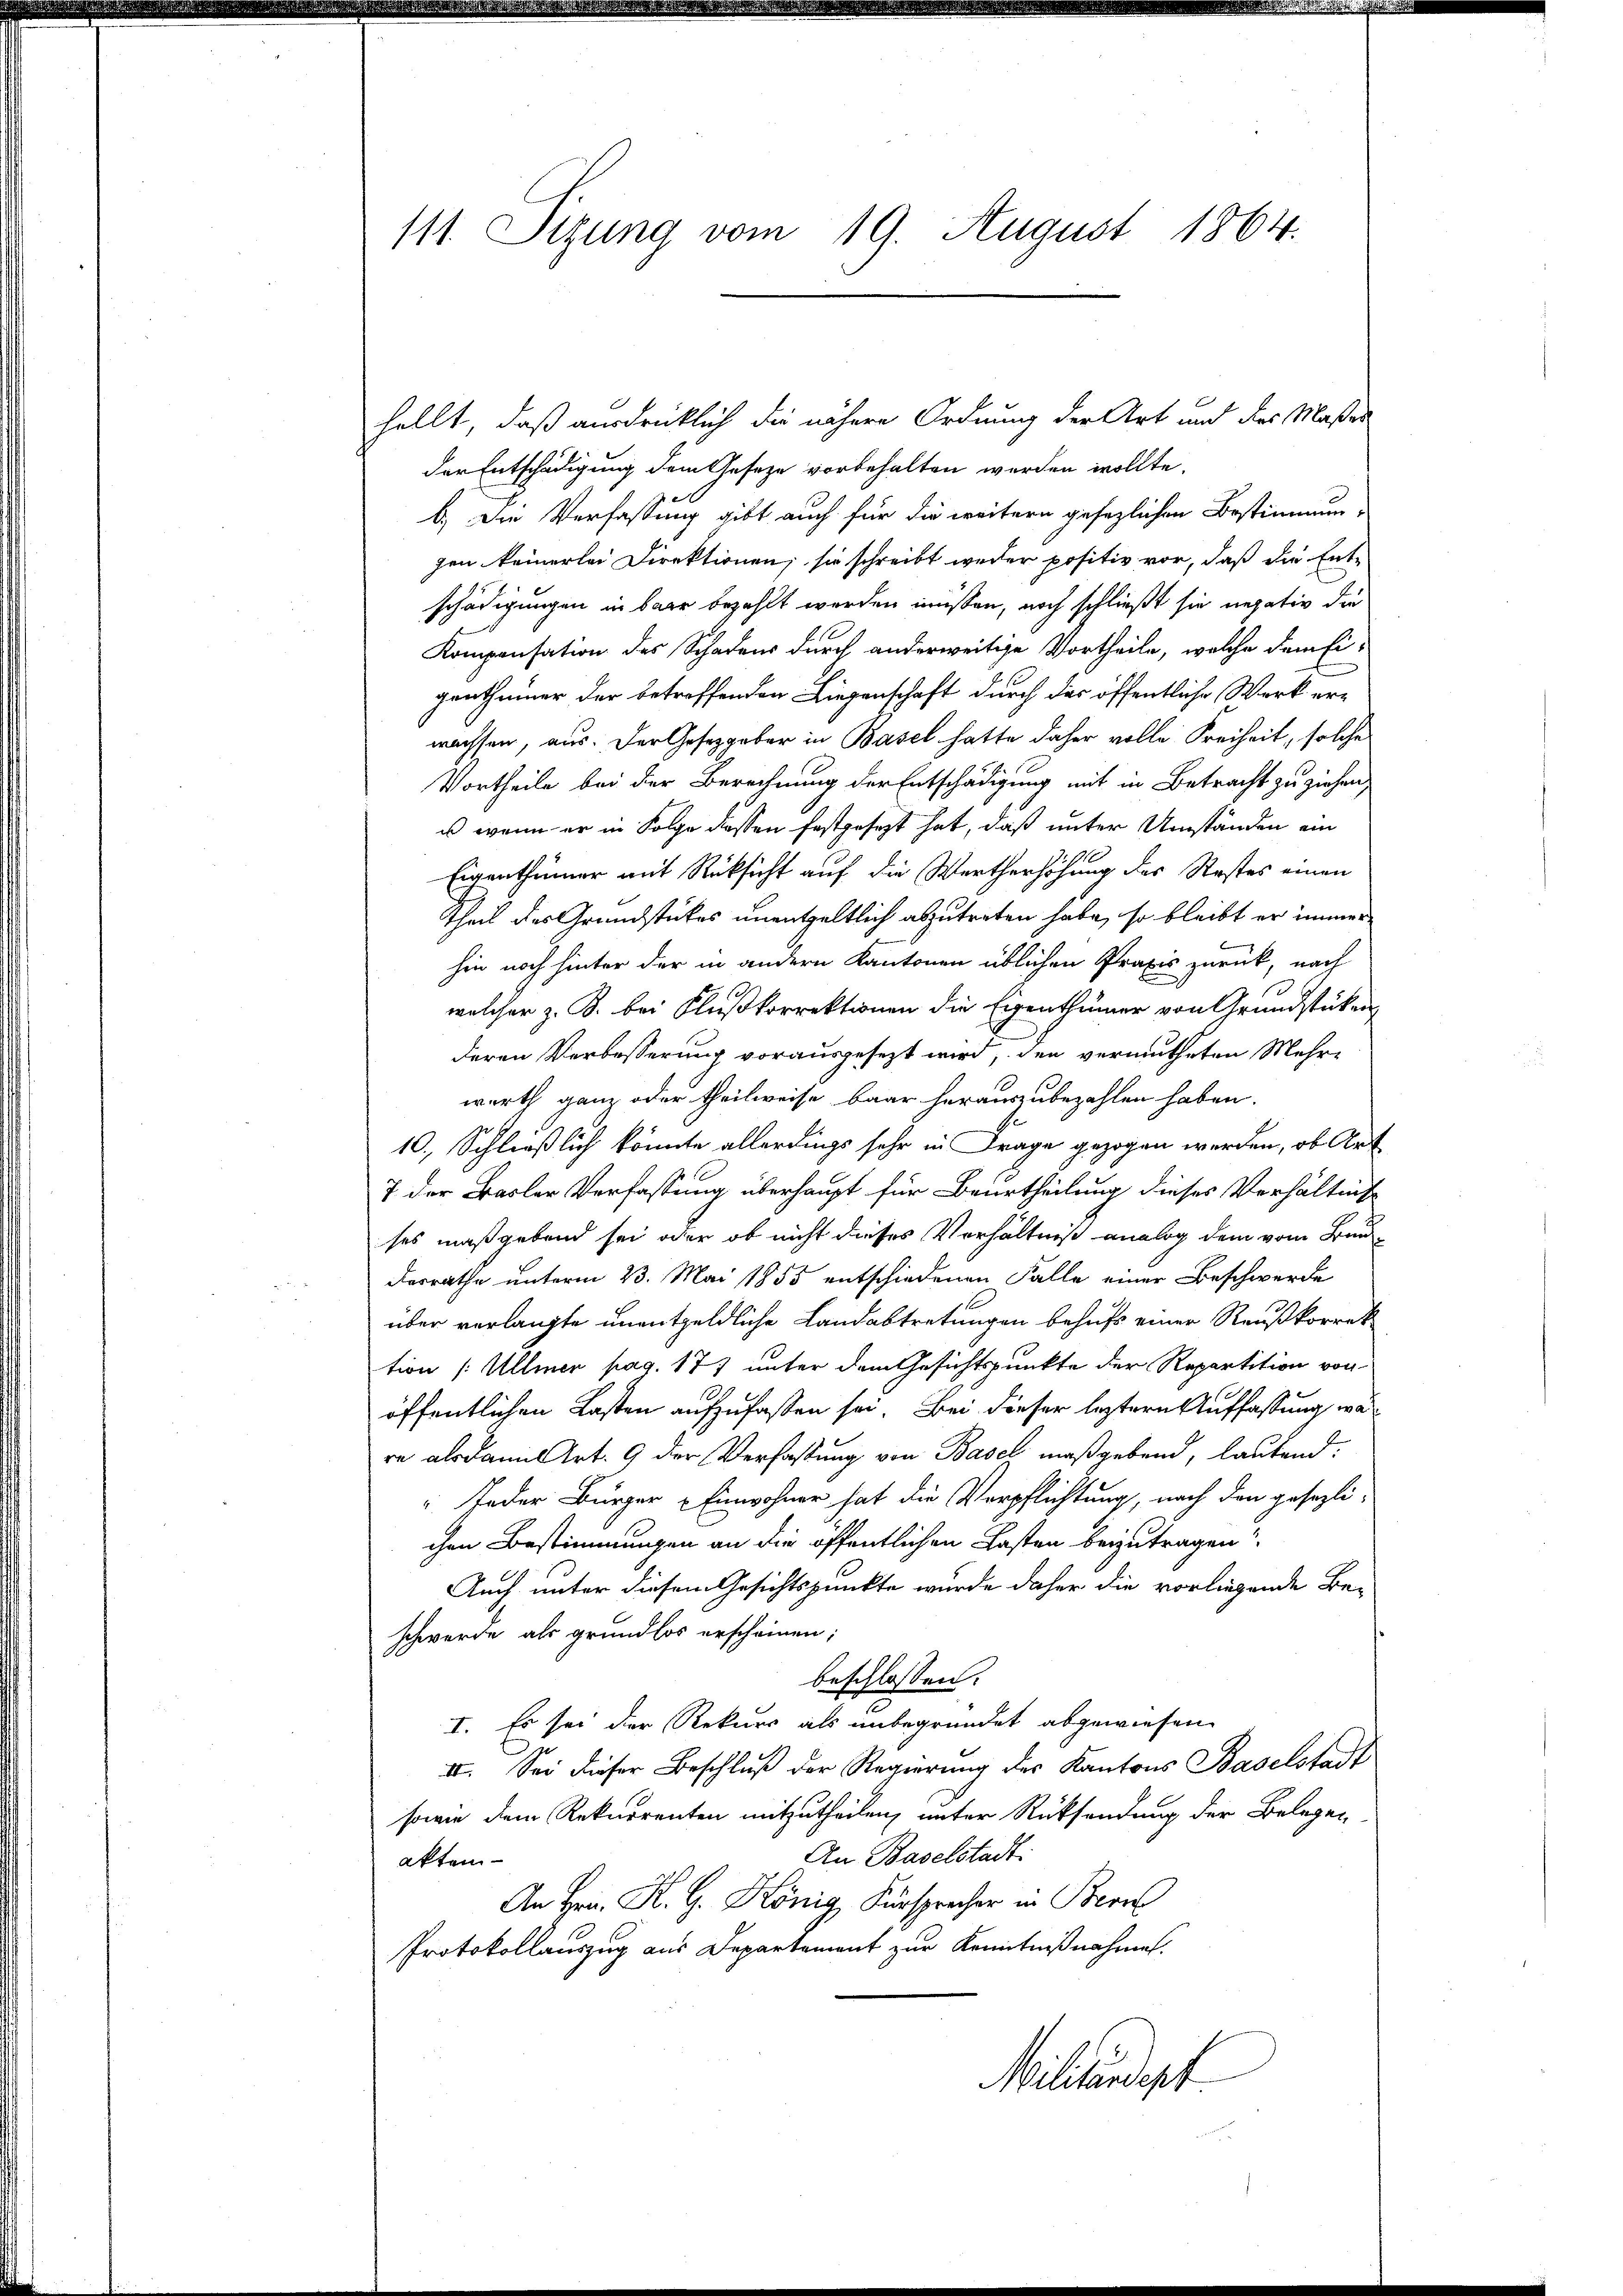
111. Sizung vom 19. August 1864.

hellt, daß ausdrücklich die nähere Ordnung der Art und des Maßes
der Entschädigung dem Gesetze vorbehalten worden wollte.
b.) Die Verfassung gibt auch für die weitern gesezlichen Bestimmun-
gen keinerlei Direktionen; sie schreibt weder positiv vor, daß die Entschädigungen in baar bezahlt werden müssen, noch schließt sie negativ die
Kompensation des Schadens durch anderweitige Vortheile, welche dem Eigenthümer der betreffenden Liegenschaft durch das öffentliche Werk erwachsen, aus. Der Gesetzgeber in Basel hatte daher volle Freiheit, solche
Vortheile bei der Berechnung der Entschädigung mit in Betracht zu ziehen,
u wenn er in Folge diessen festgesezt hat, daß unter Umständen ein
Eigenthümer mit Rüksicht auf die Wertherhöhung des Restes einen
theil des Grundstückes unentgeltlich abzutreten habe, so bleibt er immer
hin noch hinter der in andern Kantonen üblichen Praxis zurück, nach
welcher z. B. bei Flußkorrektionen die Eigenthümer von Grundstücken
deren Verbesserung vorausgesezt wird, den vermutheten Mehr-
werth ganz oder theilweise baar herauszubezahlen haben.
10. Schließlich könnte allerdings sehr in Frage gezogen werden, ob Art
7 der Basler Verfassung überhaupt für Beurtheilung dieses Verhältnis
ses maßgebend sei oder ob nicht dieses Verhältniß analog dem vom Bunderrathe unterm 23. Mai 1855 entschiedenen Falle einer Beschwerde
über verlangte unentgeldliche Landabtretungen behufs einer Reußkorrek
tion (: Ullmer pag. 177 unter dem Gesichtspunkte der Repartition von
öffentlichen Lasten aufzufaßen sei. Bei dieser leztern Auffassung war
re als damit Art. 9 der Verfassung von Basel maßgebend, lautend:
 Jeder Bürger Einwohner hat die Verpflichtung, nach den gesezli-
chen Bestimmungen an die öffentlichen Lasten beizutragen?
Auch unter diesem Gesichtspunkte wurde daher die vorliegende Be-
schwerde als grundlos erscheinen;
beschlossen:
I. Es sei der Rekurs als unbegründet abgewiesen.
II. Sei dieser Beschluß der Regierung des Kantons Baselstadt
sowie dem Rekurrenten mitzutheilen, unter Rücksendung der Belegen
An Baselstadt:
aktem
An Hrn. K. G. König, Fürsprecher in Bern
Protokollauszug aus Departement zur Kenntnißnahmen.
Militärdept.